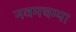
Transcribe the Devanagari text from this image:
नवमचम्पा